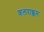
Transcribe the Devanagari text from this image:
कलपाक्कम